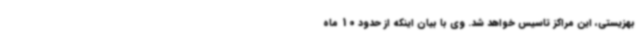
بهزیستی، این مراکز تاسیس خواهد شد. وی با بیان اینکه از حدود 10 ماه